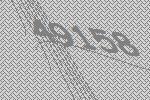
49158